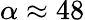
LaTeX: \alpha\approx 48